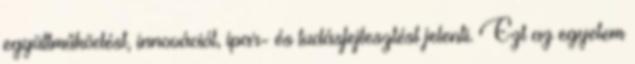
együttműködést, innovációt, ipar- és tudásfejlesztést jelenti. Ezt az egyetem